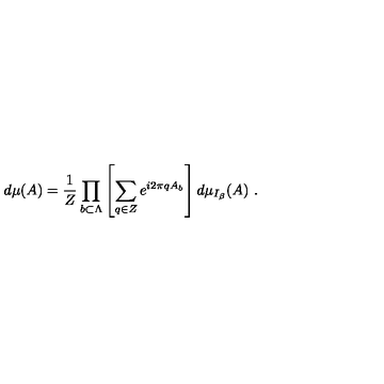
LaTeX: \left. d \mu ( A ) = \frac { 1 } { Z } \prod _ { b \subset \Lambda } \left[ \sum _ { q \in Z } e ^ { i 2 \pi q A _ { b } } \right] d \mu _ { I _ { \beta } } ( A ) \ . \right.